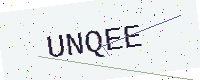
Text: UNQEE